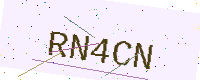
Text: RN4CN